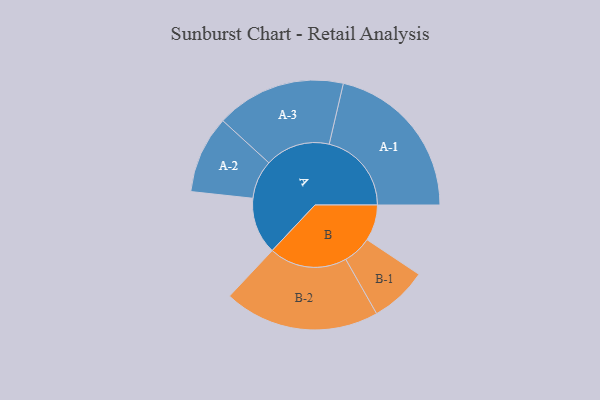
{"axis": {"x": "Segment", "y": "Value"}, "legend": ["", "A", "B"], "data": [{"x": "A", "y": 206, "type": ""}, {"x": "B", "y": 131, "type": ""}, {"x": "A-1", "y": 299, "type": "A"}, {"x": "A-2", "y": 141, "type": "A"}, {"x": "A-3", "y": 236, "type": "A"}, {"x": "B-1", "y": 104, "type": "B"}, {"x": "B-2", "y": 283, "type": "B"}]}